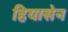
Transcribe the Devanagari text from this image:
हियासेन